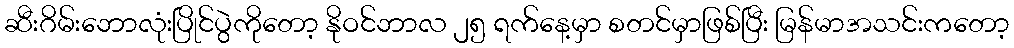
ဆီးဂိမ်းဘောလုံးပြိုင်ပွဲကိုတော့ နိုဝင်ဘာလ ၂၅ ရက်နေ့မှာ စတင်မှာဖြစ်ပြီး မြန်မာအသင်းကတော့